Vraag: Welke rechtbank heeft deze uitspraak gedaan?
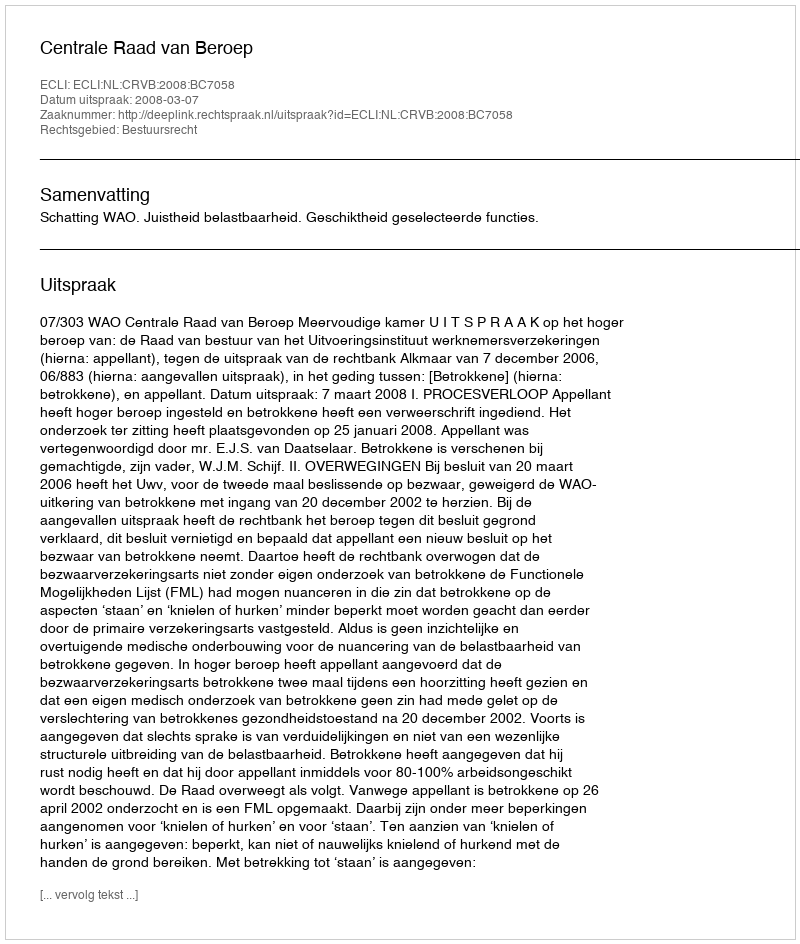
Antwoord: Centrale Raad van Beroep